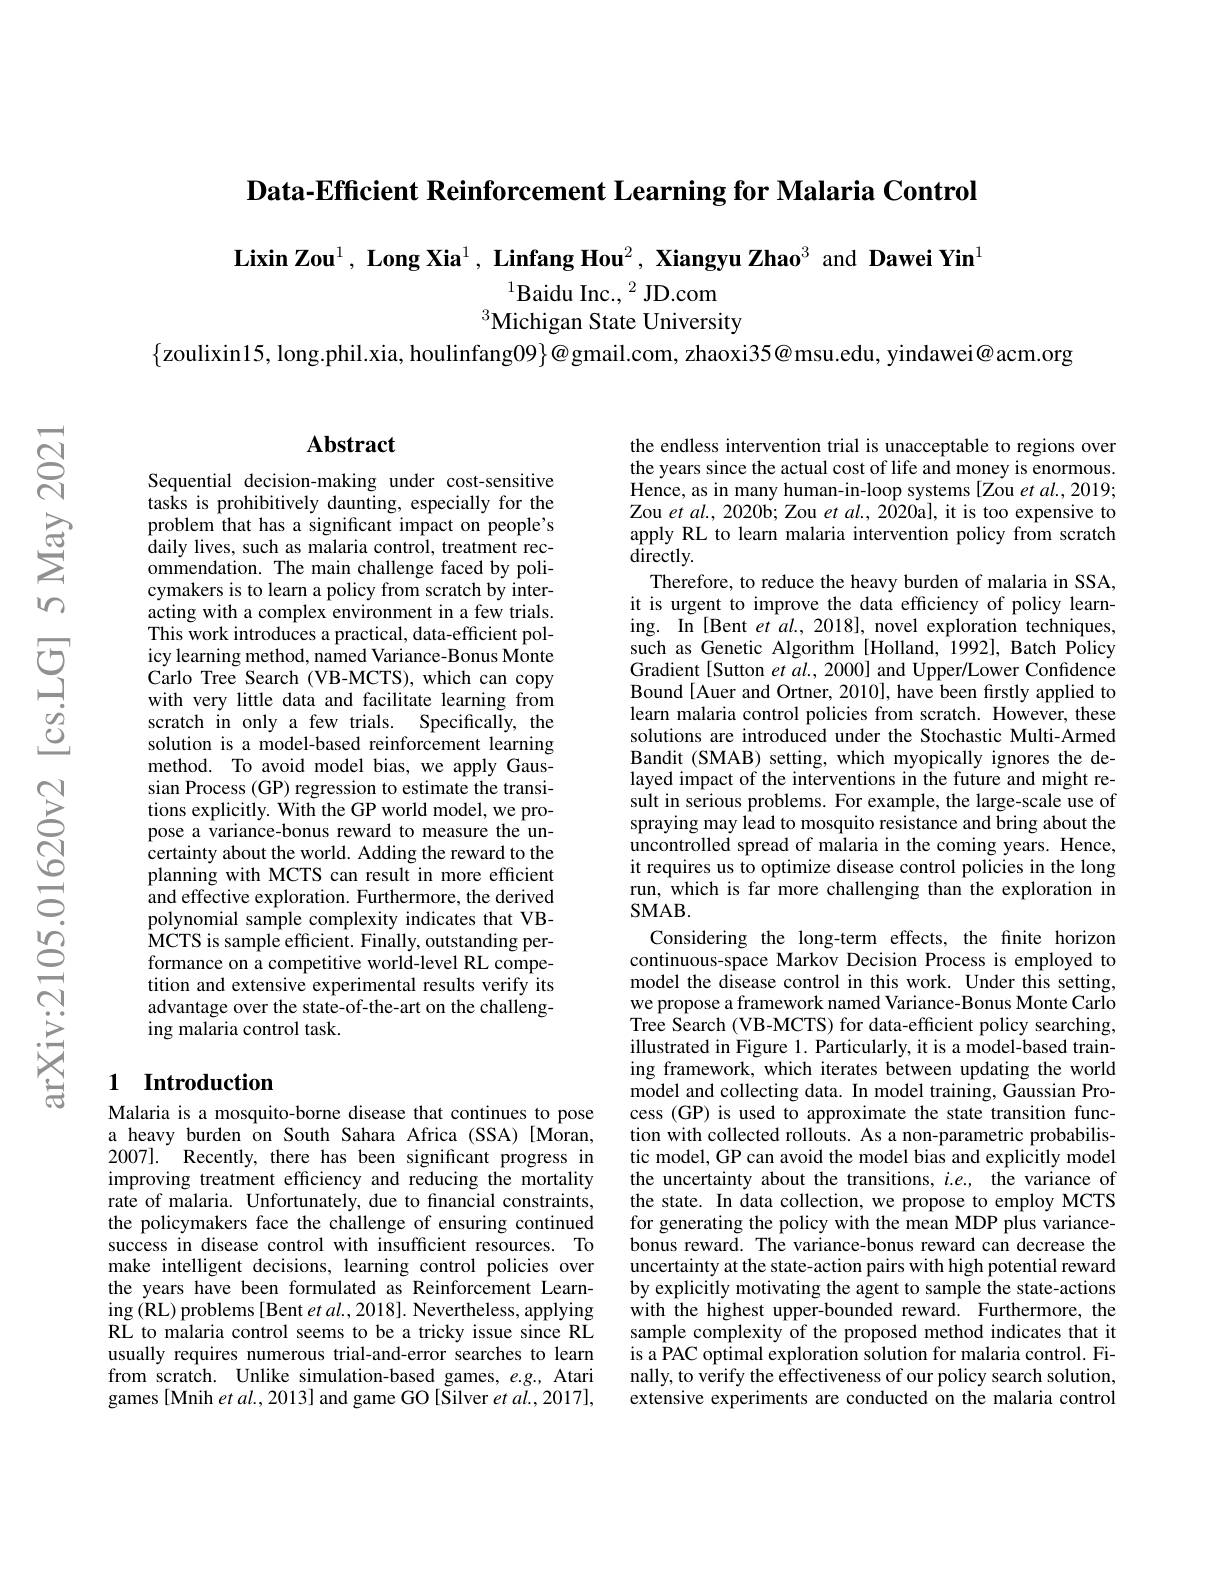
Data-Efficient Reinforcement Learning for Malaria Control

$\textbf{LixinZou}^1,\textbf{LongXia}^1,\textbf{LinfangHou}^2,\textbf{XiangyuZhao}^3$ and Dawei Yin$^1$

$^{1}$Baidu Inc., $^2$ JD.com
$^{3}$Michigan State University

$\{$zoulixin15, long.phil.xia, houlinfang09$\}@$gmail.com, zhaoxi35@msu.edu, yindawei@acm.org

## $\mathbf{Abstract}$

Sequential decision-making under cost-sensitive tasks is prohibitively daunting, especially for the problem that has a significant impact on people's daily lives, such as malaria control, treatment recommendation. The main challenge faced by policymakers is to learn a policy from scratch by interacting with a complex environment in a few trials. This work introduces a practical, data-efficient policy learning method, named Variance-Bonus Monte Carlo Tree Search (VB-MCTS), which can copy with very little data and facilitate learning from scratch in only a few trials. Specifically, the solution is a model-based reinforcement learning method. To avoid model bias, we apply Gaussian Process (GP) regression to estimate the transitions explicitly. With the GP world model, we propose a variance-bonus reward to measure the uncertainty about the world. Adding the reward to the planning with MCTS can result in more efficient and effective exploration. Furthermore, the derived polynomial sample complexity indicates that VB- $\hat{\text{MCTS is sample efficient. Finally, outstanding per-}}$ formance on a competitive world-level RL competition and extensive experimental results verify its advantage over the state-of-the-art on the challenging malaria control task.

### 1 Introduction

Malaria is a mosquito-borne disease that continues to pose a heavy burden on South Sahara Africa (SSA)[Moran, 2007]. Recently, there has been significant progress in improving treatment efficiency and reducing the mortality rate of malaria. Unfortunately, due to fnancial constraints, the policymakers face the challenge of ensuring continued success in disease control with insufficient resources. To make intelligent decisions, learning control policies over the years have been formulated as Reinforcement Learn- $\operatorname{ing}($RL) problems[Bent $etal.,2018].$ Nevertheless, applying RL to malaria control seems to be a tricky issue since RL usually requires numerous trial-and-error searches to learn from scratch. Unlike simulation-based games, e.g., Atari games [Mnih et al., 2013] and game GO [Silver et al., 2017],

the endless intervention trial is unacceptable to regions over the years since the actual cost of life and money is enormous. Hence, as in many human-in-loop systems [Zou et al., 2019; Zou et al., 2020b; Zou et $al. $,2020al, it is too expensive to apply RL to learn malaria intervention policy from scratch directly.
Therefore, to reduce the heavy burden of malaria in SSA, it is urgent to improve the data efficiency of policy learning. In [Bent et al., 2018], novel exploration techniques, such as Genetic Algorithm [Holland, 1992], Batch Policy Gradient [Sutton et $al.,2000]$ and Upper/Lower Confidence Bound[Auer and Ortner, 2010], have been firstly applied to learn malaria control policies from scratch. However, these solutions are introduced under the Stochastic Multi-Armed Bandit (SMAB) setting, which myopically ignores the delayed impact of the interventions in the future and might result in serious problems. For example, the large-scale use of spraying may lead to mosquito resistance and bring about the uncontrolled spread of malaria in the coming years. Hence, it requires us to optimize disease control policies in the long run, which is far more challenging than the exploration in $SMAB.$
Considering the long-term effects, the fnite horizon continuous-space Markov Decision Process is employed to model the disease control in this work. Under this setting, we propose a framework named Variance-Bonus Monte Carlo Tree Search (VB-MCTS) for data-efficient policy searching, illustrated in Figure 1. Particularly, it is a model-based training framework, which iterates between updating the world model and collecting data. In model training, Gaussian Process (GP) is used to approximate the state transition function with collected rollouts. As a non-parametric probabilistic model, GP can avoid the model bias and explicitly model the uncertainty about the transitions, $i.e.$, the variance of the state. In data collection, we propose to employ MCTS for generating the policy with the mean MDP plus variancebonus reward. The variance-bonus reward can decrease the uncertainty at the state-action pairs with high potential reward by explicitly motivating the agent to sample the state-actions with the highest upper-bounded reward. Furthermore, the sample complexity of the proposed method indicates that it is a PAC optimal exploration solution for malaria control. Finally, to verify the effectiveness of our policy search solution, extensive experiments are conducted on the malaria control